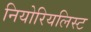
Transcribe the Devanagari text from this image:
नियोरियलिस्ट